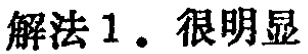
解法 1. 很明显